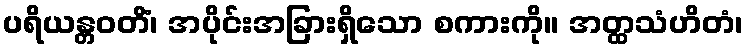
ပရိယန္တဝတိံ၊ အပိုင်းအခြားရှိသော စကားကို။ အတ္ထသံဟိတံ၊